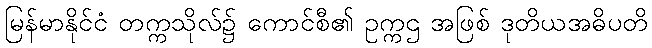
မြန်မာနိုင်ငံ တက္ကသိုလ်၌ ကောင်စီ၏ ဥက္ကဌ အဖြစ် ဒုတိယအဓိပတိ